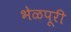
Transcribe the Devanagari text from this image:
भेळपूरी